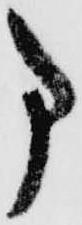
事